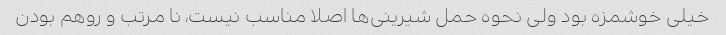
خیلی خوشمزه بود ولی نحوه حمل شیرینی‌ها اصلا مناسب نیست، نا مرتب و روهم بودن